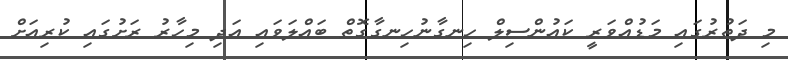
މި ދަތުރުގައި މަޑުއްވަރީ ކައުންސިލް ހިނގާނުހިނގާގޮތް ބައްލަވައި އަދި މިހާރު ރަށުގައި ކުރިއަށް